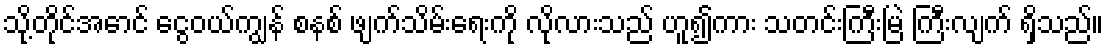
သို့တိုင်အောင် ငွေဝယ်ကျွန် စနစ် ဖျက်သိမ်းရေးကို လိုလားသည် ဟူ၍ကား သတင်းကြီးမြဲ ကြီးလျက် ရှိသည်။